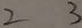
2 3